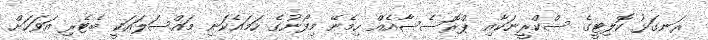
ރަނގަޅު ކޮލިޓީގެ ސްކްރީނަކާއި ޕްރޮސެސާއެއް ހިމެނޭ މިފޯނުގެ ހަމައެކަނި މައްސަލައަކީ ބެޓެރި އަވަހަށް